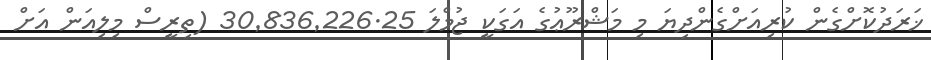
ޚަރަދުކޮށްގެން ކުރިއަށްގެންދިޔަ މި މަޝްރޫޢުގެ އަގަކީ ޖުމްލަ 30